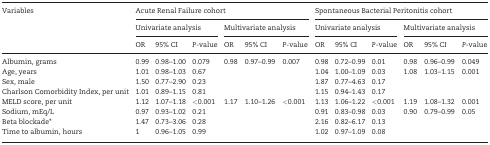
| <ROWSPAN=3> Variables | <COLSPAN=6> Acute Renal Failure cohort | <COLSPAN=6> Spontaneous Bacterial Peritonitis cohort |
 | <COLSPAN=3> Univariate analysis | <COLSPAN=3> Multivariate analysis | <COLSPAN=3> Univariate analysis | <COLSPAN=3> Multivariate analysis |
 | OR | 95% CI | P-value | OR | 95% CI | P-value | OR | 95% CI | P-value | OR | 95% CI | P-value |
 | --- | --- | --- | --- | --- | --- | --- | --- | --- | --- | --- | --- | --- |
 | Albumin, grams | 0.99 | 0.98–1.00 | 0.079 | 0.98 | 0.97–0.99 | 0.007 | 0.98 | 0.72–0.99 | 0.01 | 0.98 | 0.96–0.99 | 0.049 |
 | Age, years | 1.01 | 0.98–1.03 | 0.67 |  |  |  | 1.04 | 1.00–1.09 | 0.03 | 1.08 | 1.03–1.15 | 0.001 |
 | Sex, male | 1.50 | 0.77–2.90 | 0.23 |  |  |  | 1.87 | 0.77–4.63 | 0.17 |  |  |  |
 | Charlson Comorbidity Index, per unit | 1.01 | 0.89–1.15 | 0.81 |  |  |  | 1.15 | 0.94–1.43 | 0.17 |  |  |  |
 | MELD score, per unit | 1.12 | 1.07–1.18 | <0.001 | 1.17 | 1.10–1.26 | <0.001 | 1.13 | 1.06–1.22 | <0.001 | 1.19 | 1.08–1.32 | 0.001 |
 | Sodium, mEq/L | 0.97 | 0.93–1.02 | 0.21 |  |  |  | 0.91 | 0.83–0.98 | 0.03 | 0.90 | 0.79–0.99 | 0.05 |
 | Beta blockade* | 1.47 | 0.73–3.06 | 0.28 |  |  |  | 2.16 | 0.82–6.17 | 0.13 |  |  |  |
 | Time to albumin, hours | 1 | 0.96–1.05 | 0.99 |  |  |  | 1.02 | 0.97–1.09 | 0.08 |  |  |  |